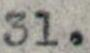
31.